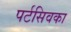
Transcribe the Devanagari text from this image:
पर्टसिवका